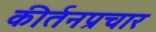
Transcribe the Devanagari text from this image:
कीर्तनप्रचार